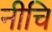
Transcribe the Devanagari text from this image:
नीचि